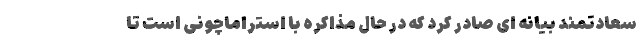
سعادتمند بیانه ای صادر کرد که در حال مذاکره با استراماچونی است تا